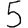
Digit: 5